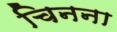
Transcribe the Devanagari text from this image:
चिनना